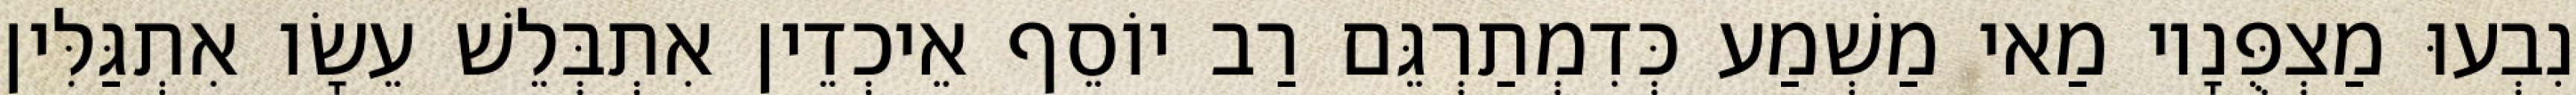
נִבְעוּ מַצְפֻּנָיו מַאי מַשְׁמַע כְּדִמְתַרְגֵּם רַב יוֹסֵף אֵיכְדֵין אִתְבְּלֵשׁ עֵשָׂו אִתְגַּלִּין